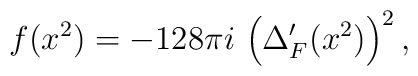
f(x^2) = -128\pi i\,\left (\Delta_F'(x^2)\right )^2,